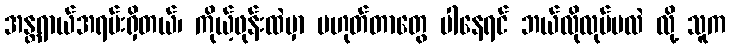
အန္တရာယ်အရမ်းရှိတယ်၊ ကိုယ့်ဖုန်းထဲမှာ မဟုတ်တာတွေ ပါနေရင် ဘယ်လိုလုပ်မလဲ လို့ သူက